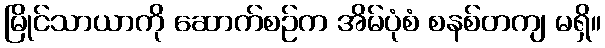
မြိုင်သာယာကို ဆောက်စဉ်က အိမ်ပုံစံ စနစ်တကျ မရှိ။